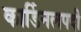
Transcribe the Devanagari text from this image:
कार्डिनलपदी